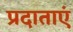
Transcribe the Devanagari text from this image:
प्रदाताएं